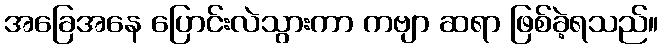
အခြေအနေ ပြောင်းလဲသွားကာ ကဗျာ ဆရာ ဖြစ်ခဲ့ရသည်။